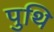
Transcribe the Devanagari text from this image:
पुथि